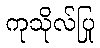
ကုသိုလ်ပြု